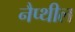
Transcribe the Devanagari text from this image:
नैप्थील